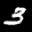
Label: 3